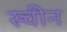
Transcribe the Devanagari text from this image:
स्चीन